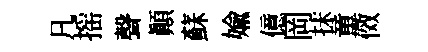
凡摇聲顚蘇媮億岡抹童傚